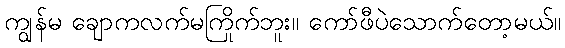
ကျွန်မ ချောကလက်မကြိုက်ဘူး။ ကော်ဖီပဲသောက်တော့မယ်။